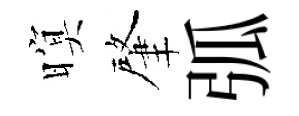
暝肇弧